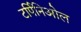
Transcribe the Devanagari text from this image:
टर्पिनिओल